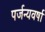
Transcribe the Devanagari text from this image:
पर्जन्यवर्षा